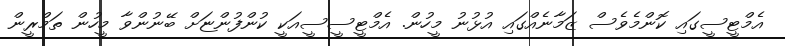
އެމްޓީސީގައި ކޮންމެވެސް ޒަމާނެއްގައި އުޅުނު މީހުން. އެމްޓީސީސީއަކީ ކުންފުންޏަށް ބޭނުންވާ މީހުން ތަމްރީން